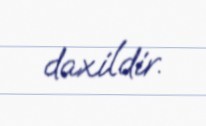
daxildir.